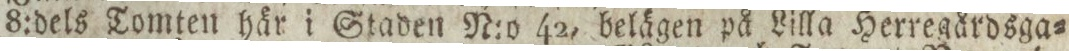
8:dels Tomten här i Staden N:o 42, belägen på Lilla Herregårdsga=